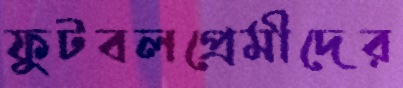
ফুটবলপ্রেমীদের